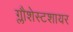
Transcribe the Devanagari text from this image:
ग्लौशेस्टशायर